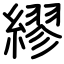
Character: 繆